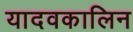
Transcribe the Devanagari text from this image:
यादवकालिन